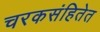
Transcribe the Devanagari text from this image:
चरकसंहितेत